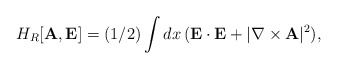
\begin{align*}H_R[{\bf A},{\bf E}] = (1/2)\int dx\, ({\bf E}\cdot{\bf E} +|\nabla\times{\bf A}|^2) ,\end{align*}